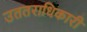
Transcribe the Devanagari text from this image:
उततराधिकारी